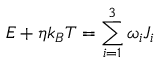
E + \eta k _ { B } T = \sum _ { i = 1 } ^ { 3 } \omega _ { i } J _ { i }